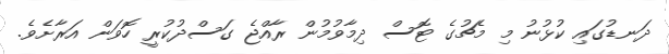
ދަނޑުގައި ކުޅުނު މި މެޗުގެ ޓޮސް ދިމާވުމުން ރާއްޖެ ގަސްދުކުރީ ހޮވަން އަރާށެވެ.